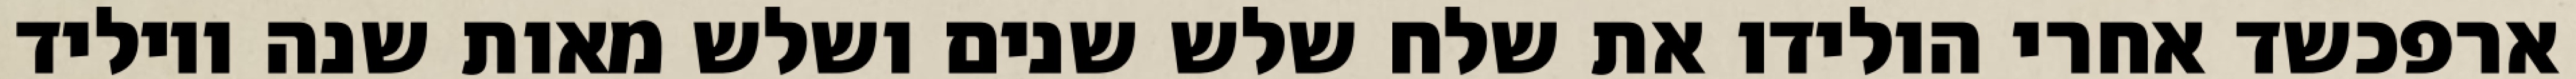
ארפכשד אחרי הולידו את שלח שלש שנים ושלש מאות שנה ויוליד